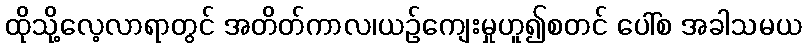
ထိုသို့လေ့လာရာတွင် အတိတ်ကာလ၊ယဉ်ကျေးမှုဟူ၍စတင် ပေါ်စ အခါသမယ